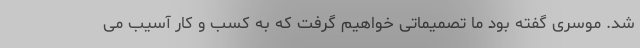
شد. موسری گفته بود ما تصمیماتی خواهیم گرفت که به کسب و کار آسیب می